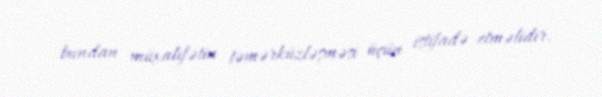
bundan müxalifətin təmərküzləşməsi üçün istifadə etməlidir.